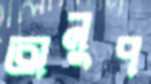
অনুপ